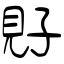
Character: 覎